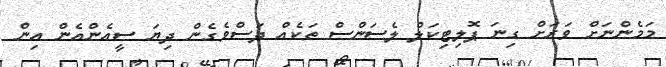
މަމެންނަށް ވަރަށް ގިނަ ޕޮލިޓިކަލް ލެސަންސް ތަކެއް ދަސްވެގެން ދިޔަ ސީއެންއެން އިން